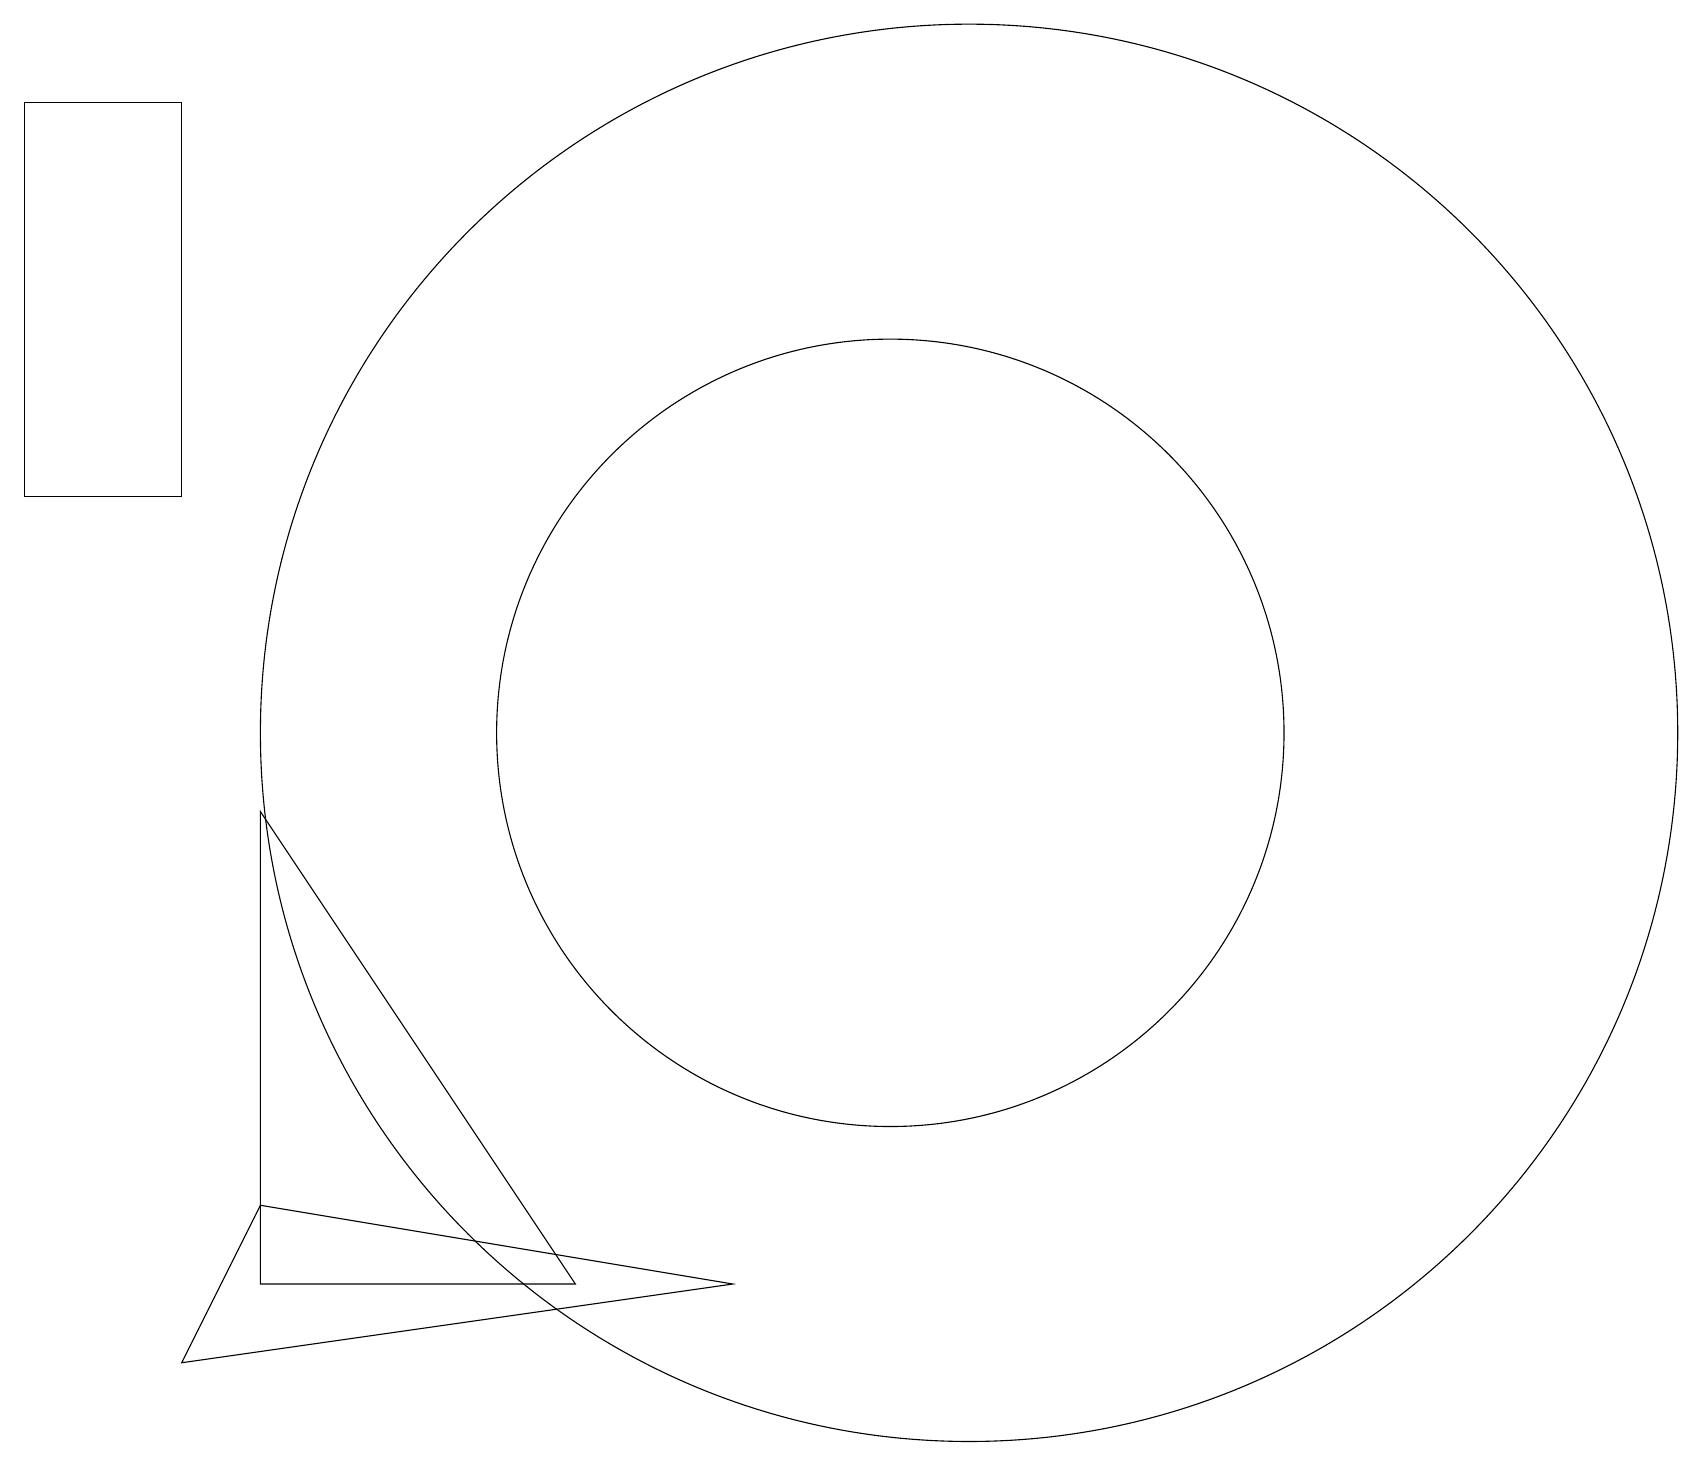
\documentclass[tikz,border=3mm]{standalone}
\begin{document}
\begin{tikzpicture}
\draw (9,3) -- (3,4) -- (2,2) -- cycle;
\draw (0,18) rectangle (2,13);
\draw (7,3) -- (3,9) -- (3,3) -- cycle;
\draw (11,10) circle (5);
\draw (12,10) circle (9);
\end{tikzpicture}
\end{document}